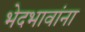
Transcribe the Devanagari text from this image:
भेदभावांना